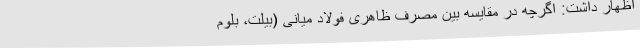
اظهار داشت: اگرچه در مقایسه بین مصرف ظاهری فولاد میانی (بیلت، بلوم